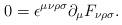
LaTeX: \begin{align*}0=\epsilon^{\mu\nu\rho\sigma}\partial_{\mu}F_{\nu\rho\sigma}.\end{align*}